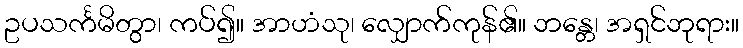
ဥပသင်္ကမိတွာ၊ ကပ်၍။ အာဟံသု၊ လျှောက်ကုန်၏။ ဘန္တေ၊ အရှင်ဘုရား။